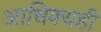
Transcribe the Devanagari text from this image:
आधिक्यही